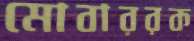
মোবাররক